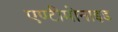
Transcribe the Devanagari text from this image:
एण्टीमोनाइड